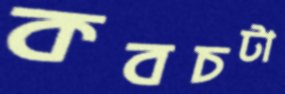
কবচটা